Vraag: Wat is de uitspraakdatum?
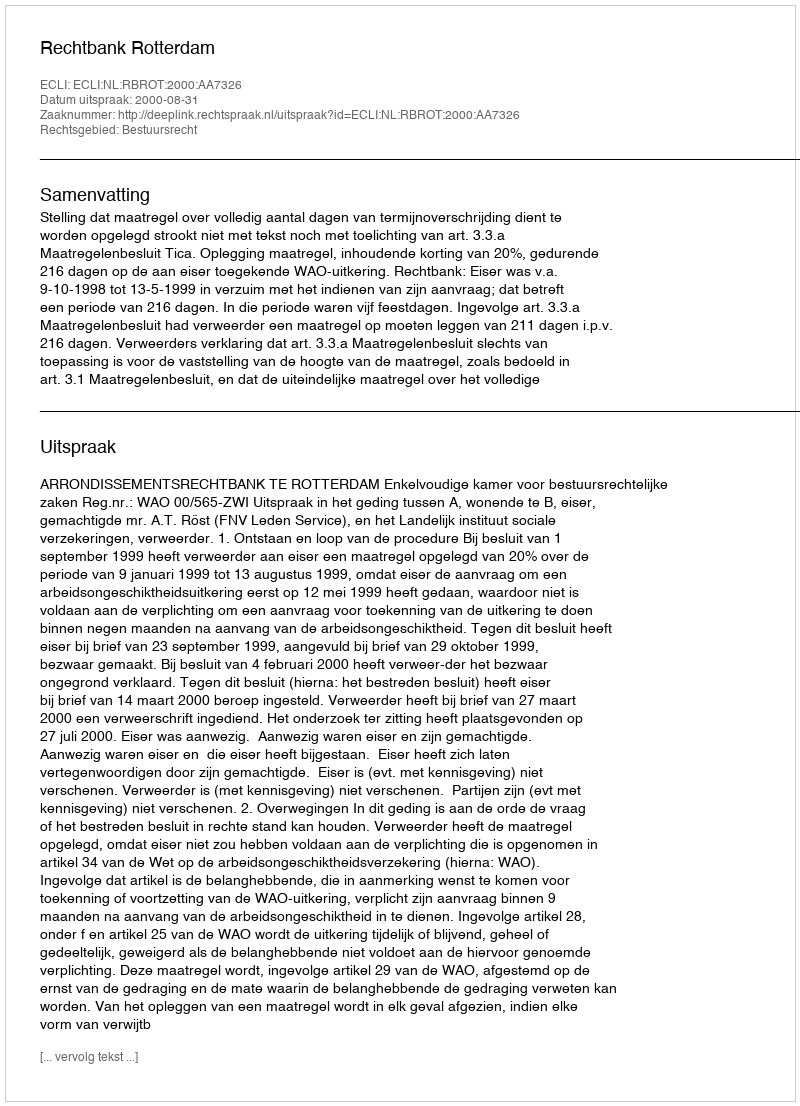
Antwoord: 2000-08-31